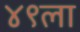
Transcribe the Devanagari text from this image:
४९ला